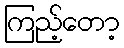
ကြည့်တော့